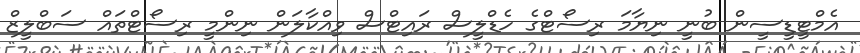
އެމްޓީޑީސީން ބުނީ ނިޔާމަ ރިސޯޓްގެ ހެޑްލީސް ރައިޓްސް ވިއްކާލަން ނިންމީ ރިސޯޓްތައް ސަބްލީޒް